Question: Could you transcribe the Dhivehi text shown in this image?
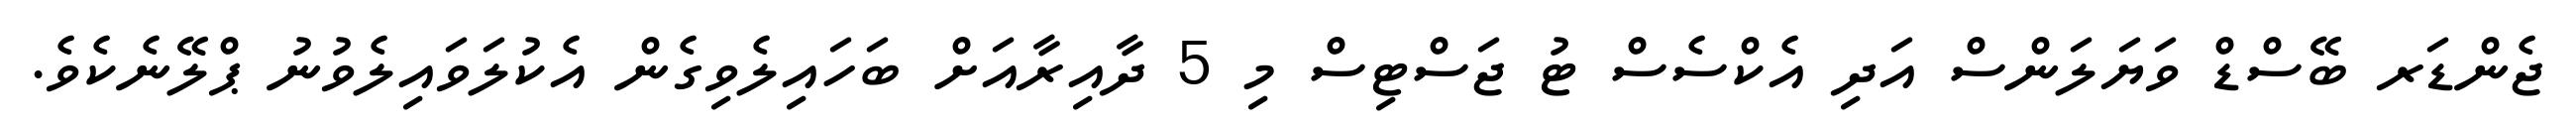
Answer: ޖެންޑަރ ބޭސްޑް ވަޔަލަންސް އަދި އެކްސެސް ޓު ޖަސްޓިސް މި 5 ދާއިރާއަށް ބަހައިލެވިގެން އެކުލަވައިލެވުނު ޕްލޭނެކެވެ.